Civil Veterinary Dept. North-West Frontier Province 1901-22 - 1901-1922
Year: 1901
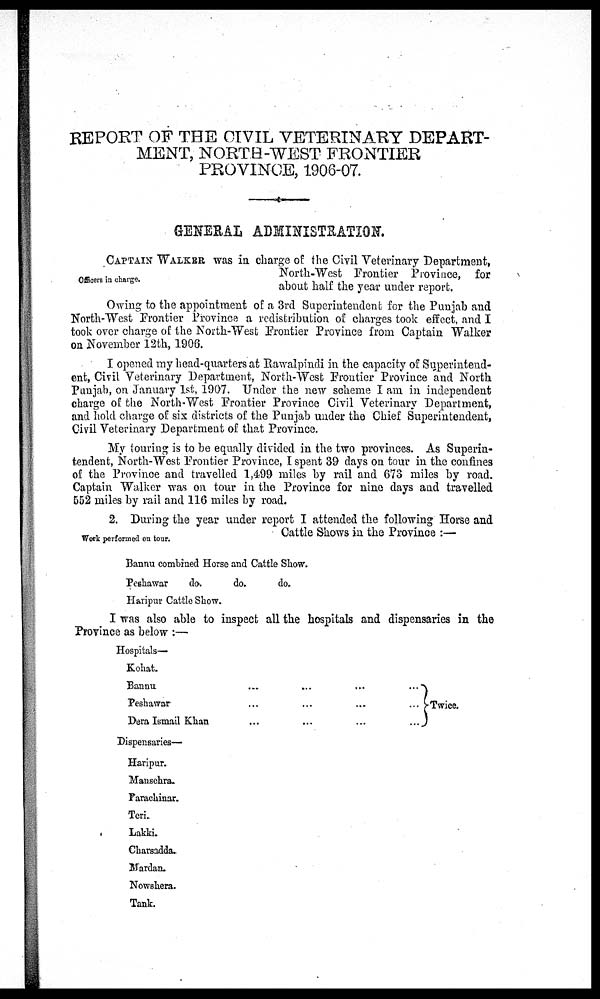
REPORT OF THE CIVIL VETERINARY DEPART-
MENT, NORTH-WEST FRONTIER
PROVINCE, 1906-07.
GENERAL ADMINISTRATION.
Officers in charge.
CAPTAIN WALKER was in charge of the Civil Veterinary Department,
North-West Frontier Province, for
about half the year under report.
Owing to the appointment of a 3rd Superintendent for the Punjab and
North-West Frontier Province a redistribution of charges took effect, and I
took over charge of the North-West Frontier Province from Captain Walker
on November 12th, 1906.
I opened my head-quarters at Rawalpindi in the capacity of Superintend-
ent, Civil Veterinary Department, North-West Frontier Province and North
Punjab, on January 1st, 1907. Under the new scheme I am in independent
charge of the North-West Frontier Province Civil Veterinary Department,
and hold charge of six districts of the Punjab under the Chief Superintendent,
Civil Veterinary Department of that Province.
My touring is to be equally divided in the two provinces. As Superin-
tendent, North-West Frontier Province, I spent 39 days on tour in the confines
of the Province and travelled 1,499 miles by rail and 673 miles by road.
Captain Walker was on tour in the Province for nine days and travelled
552 miles by rail and 116 miles by road.
Work performed on tour.
2. During the year under report I attended the following Horse and
Cattle Shows in the Province:—
Bannu combined Horse and Cattle Show.
Peshawar
do.
Haripur Cattle Show.
do.
do.
I was also able to inspect all the hospitals and dispensaries in the
Province as below:—
Hospitals—
Kohat.
Bannu.
Peshawar
Dera Ismail Khan
Dispensaries—
Haripur.
Mansehra.
Parachinar.
Teri.
Lakki.
Charsadda.
Mardan.
Nowshera.
Tank.
...
...
...
...
...
...
...
...
...
...
...
...
Twice.